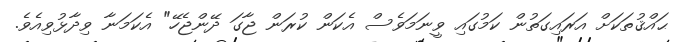
ޙައްޤުތަކަށް އަރައިގަތުން ކަމުގައި ވީނަމަވެސް އެކަން ކުރަން ޖާގަ ދޭންޖެހޭ" އެކަމަނާ ވިދާޅުވިއެވެ.